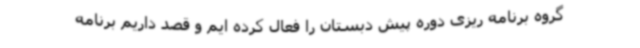
گروه برنامه ریزی دوره پیش دبستان را فعال کرده ایم و قصد داریم برنامه